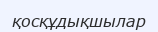
қосқұдықшылар